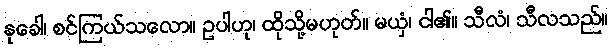
နုခေါ၊ စင်ကြယ်သလော။ ဥပါဟု၊ ထိုသို့မဟုတ်။ မယှံ၊ ငါ၏။ သီလံ၊ သီလသည်။